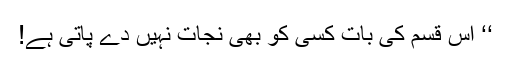
‘‘ اِس قسم کی بات کسی کو بھی نجات نہیں دے پاتی ہے!